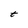
Character: t